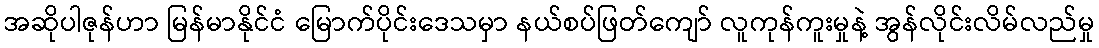
အဆိုပါဇုန်ဟာ မြန်မာနိုင်ငံ မြောက်ပိုင်းဒေသမှာ နယ်စပ်ဖြတ်ကျော် လူကုန်ကူးမှုနဲ့ အွန်လိုင်းလိမ်လည်မှု